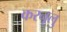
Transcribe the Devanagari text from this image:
करनूलु